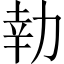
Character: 𭄬